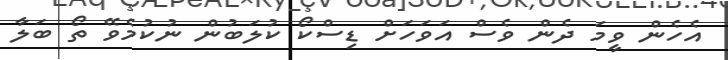
އެހެން ވީމަ ދެން ވެސް އަވަހަށް ޑިސްކޯ ކުލަބުން ނުކުމެވޭ ތޯ ބަލާ